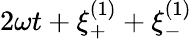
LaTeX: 2\omega t+\xi_{+}^{(1)}+\xi_{-}^{(1)}